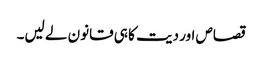
قصاص اور دیت کا ہی قانون لے لیں۔